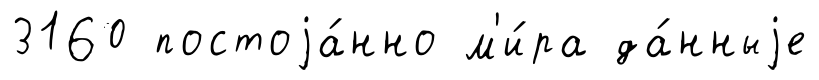
3160 постоjа́нно м'и́ра да́нныjе